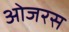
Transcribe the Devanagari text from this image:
ओजरस